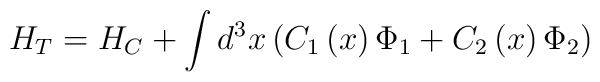
H_T=H_C+\int d^3x\left( C_1\left( x\right) \Phi _1+C_2\left( x\right) \Phi_2\right)